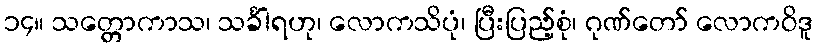
၁၄။ သတ္တောကာသ၊ သင်္ခါရဟု၊ လောကသိပုံ၊ ပြီးပြည့်စုံ၊ ဂုဏ်တော် လောကဝိဒူ